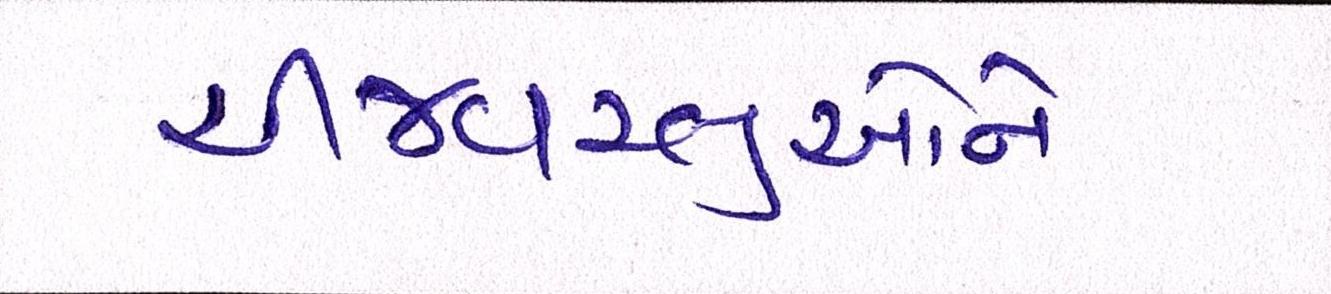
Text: ચીજવસ્તુઓને